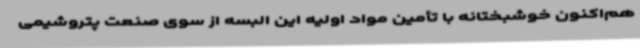
هم‌اکنون خوشبختانه با تأمین مواد اولیه این البسه از سوی صنعت پتروشیمی